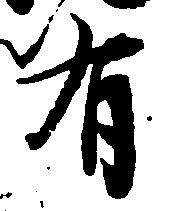
有